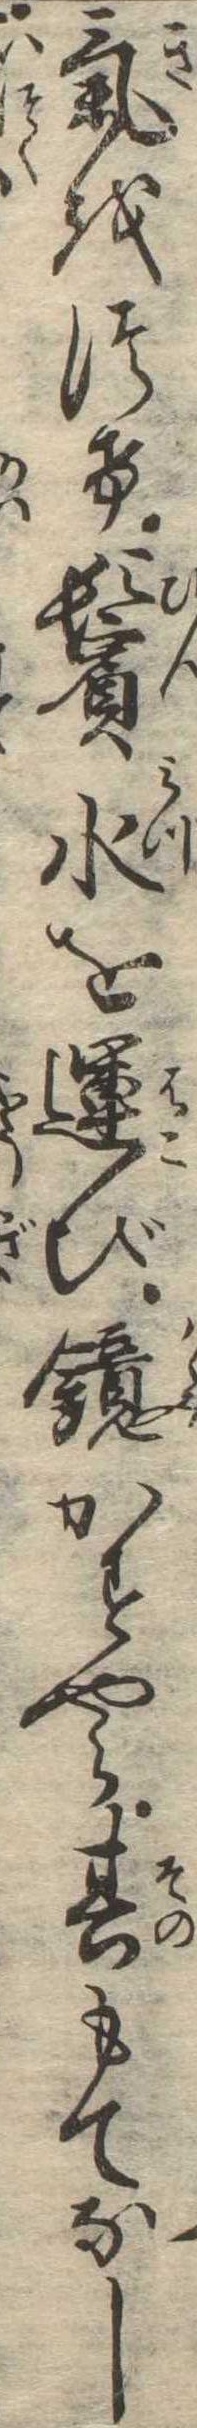
気をつけ鬢水を運び鏡かすやら其もてなし